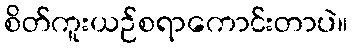
စိတ်ကူးယဉ်စရာကောင်းတာပဲ။